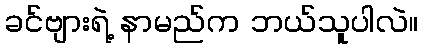
ခင်ဗျားရဲ့ နာမည်က ဘယ်သူပါလဲ။